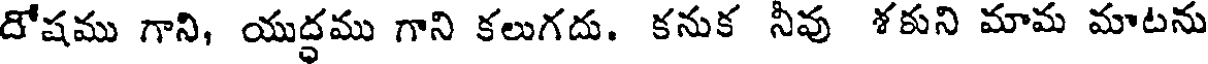
దోషము గాని, యుద్ధము గాని కలుగదు. కనుక నీవు శకుని మామ మాటను